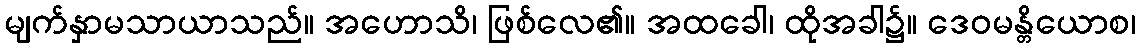
မျက်နှာမသာယာသည်။ အဟောသိ၊ ဖြစ်လေ၏။ အထခေါ၊ ထိုအခါ၌။ ဒေဝမန္တိယောစ၊